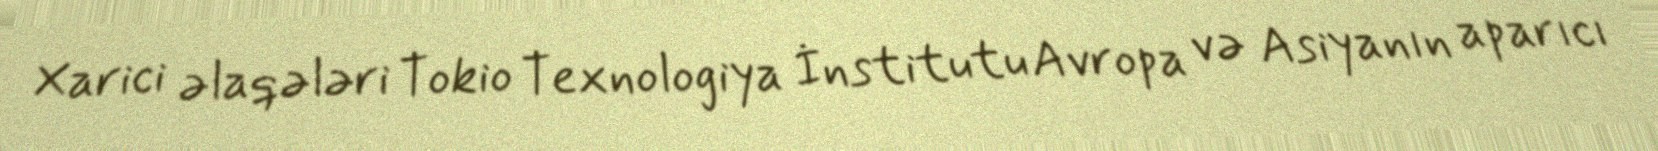
Xarici əlaqələri Tokio Texnologiya İnstitutu Avropa və Asiyanın aparıcı